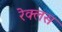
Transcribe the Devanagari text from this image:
रेक्लस